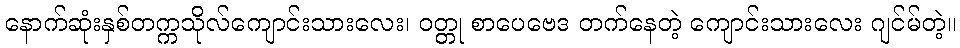
နောက်ဆုံးနှစ်တက္ကသိုလ်ကျောင်းသားလေး၊ ဝတ္တု စာပေဗေဒ တက်နေတဲ့ ကျောင်းသားလေး ဂျင်မ်တဲ့။